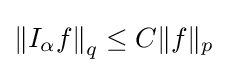
\left\|I_{\alpha }f\right\|_{q}\leq C\|f\|_{p}